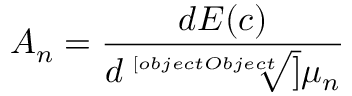
A _ { n } = { \frac { d E ( c ) } { d { \sqrt [ [object Object] ] { \mu _ { n } } } } }